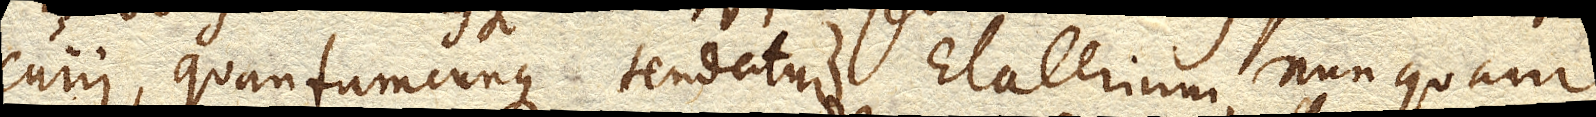
curii , quantumcunque tendatur Elaterium, nunquam